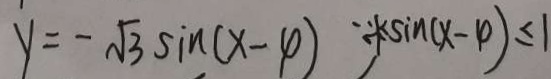
y = - \sqrt { 3 } \sin ( x - 4 ) \because k \sin ( x - 4 ) \leq 1